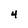
Character: 4